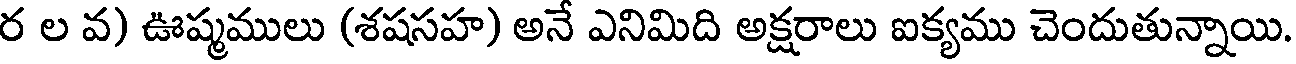
ర ల వ) ఊష్మములు (శషసహ) అనే ఎనిమిది అక్షరాలు ఐక్యము చెందుతున్నాయి.